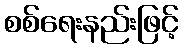
စစ်ရေးနည်းဖြင့်